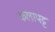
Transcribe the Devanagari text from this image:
कलापट्ट